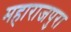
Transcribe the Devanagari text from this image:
महाराजपुरा